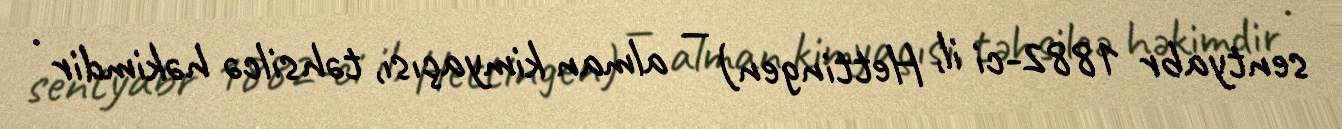
sentyabr 1882-ci il, Hettingen) — alman kimyaçısı, təhsilcə həkimdir .